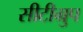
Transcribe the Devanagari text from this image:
सीटीग्रुप